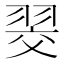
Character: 𮋂